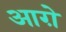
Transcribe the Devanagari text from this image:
आग़े